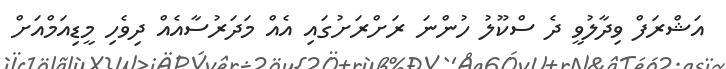
އަޝްރަފް ވިދާލުވީ ދެ ސްކޫލު ހުންނަ ރަށްރަށުގައި އެއް މަދަރުސާއެއް ދިވެހި މީޑިއަމްއަށް